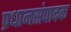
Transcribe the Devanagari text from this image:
प्रधानसंपादक